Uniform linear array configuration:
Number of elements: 8
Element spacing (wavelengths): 0.5
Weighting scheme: exponential
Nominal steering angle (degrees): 30
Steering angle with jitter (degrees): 30.349
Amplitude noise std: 0.05
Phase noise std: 0.05

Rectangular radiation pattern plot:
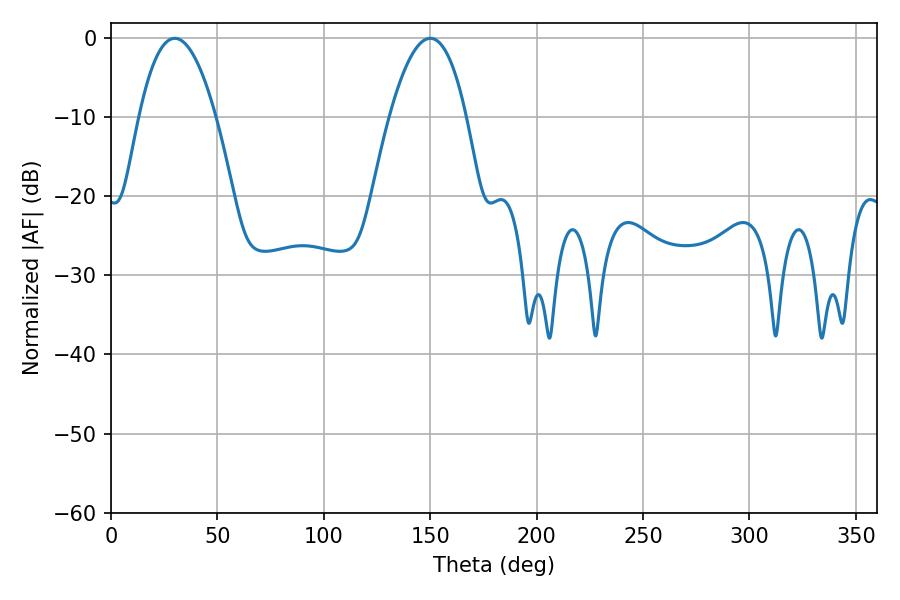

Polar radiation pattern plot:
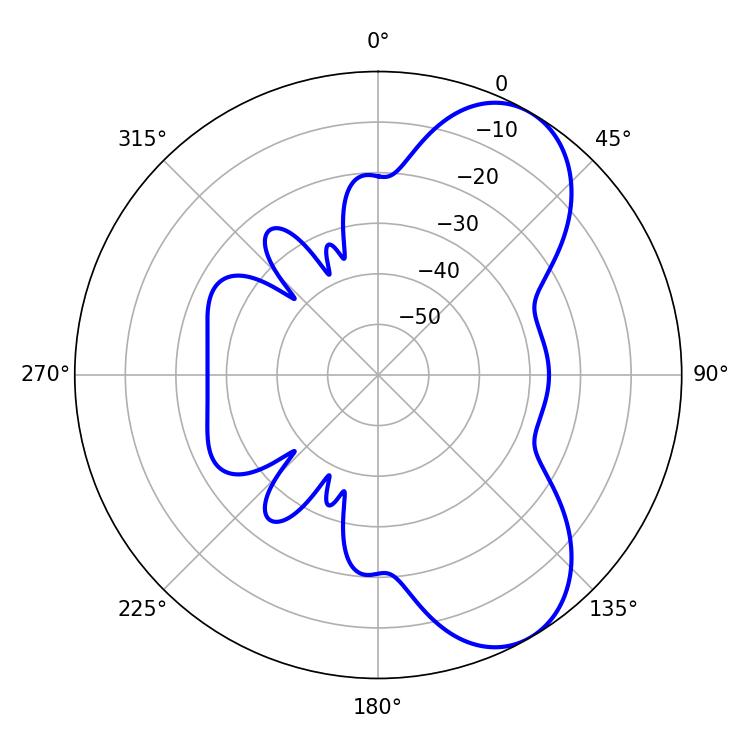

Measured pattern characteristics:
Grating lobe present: FALSE
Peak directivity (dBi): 7.282
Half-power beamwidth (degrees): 19.98
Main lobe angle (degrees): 29.88